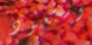
وستعود